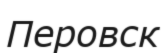
Перовск